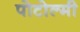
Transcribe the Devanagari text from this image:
पोटोल्मी